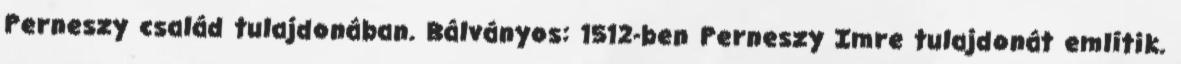
Perneszy család tulajdonában. Bálványos: 1512-ben Perneszy Imre tulajdonát említik.